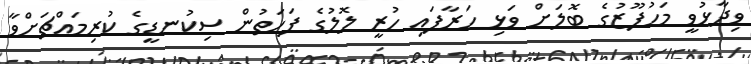
ވިދާޅުވީ މަހުފޫޒުގެ ބޮލަށް ވަޅި ހަރާފައި ހުރީ ލޮލުގެ ފަހަތުން ސިކުނޑީގެ ކުރިމައްޗަށްވާ